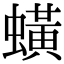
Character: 蟥